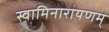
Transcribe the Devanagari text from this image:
स्वामिनारायणम्